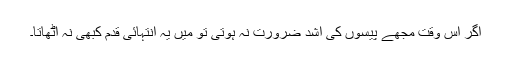
اگر اس وقت مجھے پیسوں کی اشد ضرورت نہ ہوتی تو میں یہ انتہائی قدم کبھی نہ اٹھاتا۔